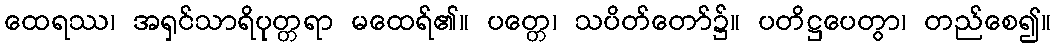
ထေရဿ၊ အရှင်သာရိပုတ္တရာ မထေရ်၏။ ပတ္တေ၊ သပိတ်တော်၌။ ပတိဋ္ဌပေတွာ၊ တည်စေ၍။